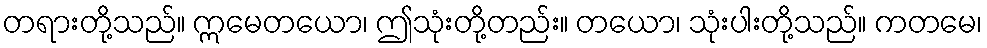
တရားတို့သည်။ ဣမေတယော၊ ဤသုံးတို့တည်း။ တယော၊ သုံးပါးတို့သည်။ ကတမေ၊